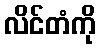
လိင်တံကို